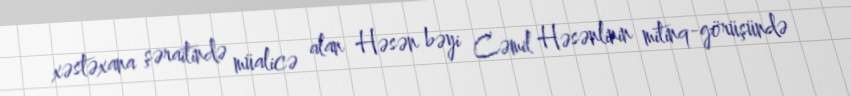
xəstəxana şəraitində müalicə alan Həsən bəyi Cəmil Həsənlinin mitinq-görüşündə